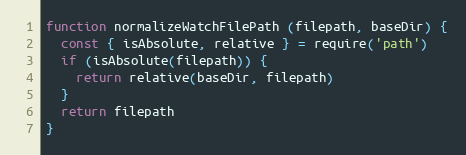
Language: JavaScript
function normalizeWatchFilePath (filepath, baseDir) {
  const { isAbsolute, relative } = require('path')
  if (isAbsolute(filepath)) {
    return relative(baseDir, filepath)
  }
  return filepath
}